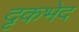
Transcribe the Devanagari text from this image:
दृकभेद